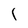
Character: 1